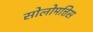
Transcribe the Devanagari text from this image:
सोलोमत्तिस